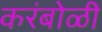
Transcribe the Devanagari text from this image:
करंबोळी